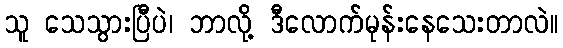
သူ သေသွားပြီပဲ၊ ဘာလို့ ဒီလောက်မုန်းနေသေးတာလဲ။